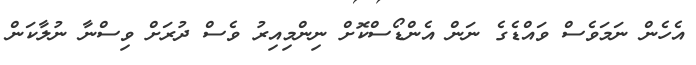
އެހެން ނަމަވެސް ވައްޑެގެ ނަން އެންޑޯސްކޮށް ނިންމިއިރު ވެސް ދުރަށް ވިސްނާ ނުލާކަން